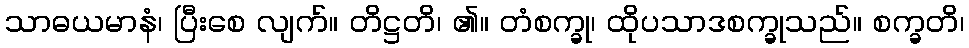
သာဓယမာနံ၊ ပြီးစေ လျက်။ တိဋ္ဌတိ၊ ၏။ တံစက္ခု၊ ထိုပသာဒစက္ခုသည်။ စက္ခတိ၊